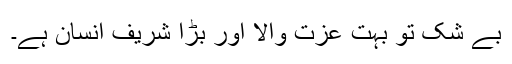
بے شک تُو بہت عزت والا اور بڑا شریف انسان ہے۔